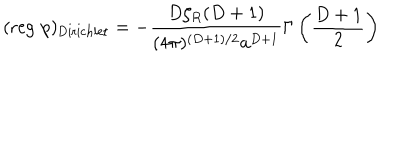
LaTeX: ( \mathrm { r e g } \, \, p ) _ { \mathrm { D i r i c h l e t } } = - \frac { D \zeta _ { R } ( D + 1 ) } { ( 4 \pi ) ^ { ( D + 1 ) / 2 } a ^ { D + 1 } } \Gamma \left( \frac { D + 1 } { 2 } \right)